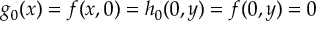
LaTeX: g _ { 0 } ( x ) = f ( x , 0 ) = h _ { 0 } ( 0 , y ) = f ( 0 , y ) = 0